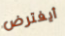
أيفترض